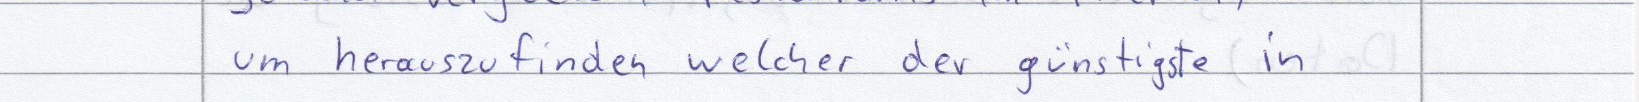
um herauszufinden welcher der günstigste in